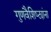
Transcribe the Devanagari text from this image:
गुणवैशिष्ट्यांना